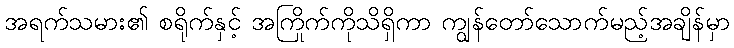
အရက်သမား၏ စရိုက်နှင့် အကြိုက်ကိုသိရှိကာ ကျွန်တော်သောက်မည့်အချိန်မှာ